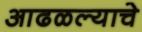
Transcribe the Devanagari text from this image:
आढळल्याचे